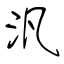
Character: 汎